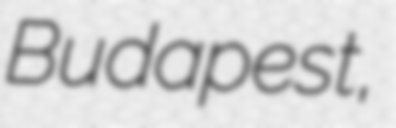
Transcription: Budapest,